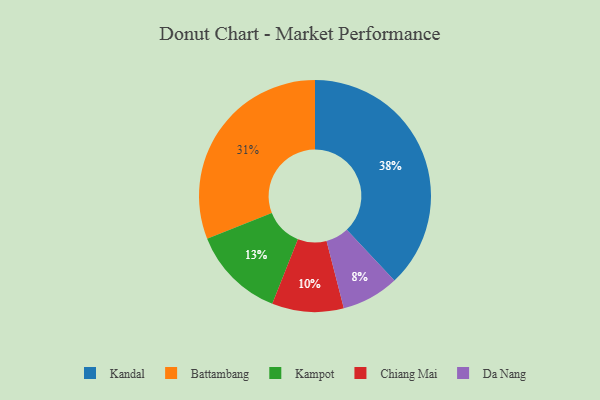
{"axis": {"x": "Category", "y": "Percentage"}, "legend": ["Battambang", "Chiang Mai", "Da Nang", "Kampot", "Kandal"], "data": [{"x": "Kandal", "y": 38, "type": "Kandal"}, {"x": "Kampot", "y": 13, "type": "Kampot"}, {"x": "Chiang Mai", "y": 10, "type": "Chiang Mai"}, {"x": "Battambang", "y": 31, "type": "Battambang"}, {"x": "Da Nang", "y": 8, "type": "Da Nang"}]}